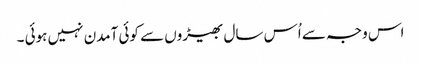
اس وجہ سے اُس سال بھیڑوں سے کوئی آمدن نہیں ہوئی ۔